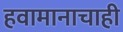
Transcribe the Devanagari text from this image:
हवामानाचाही